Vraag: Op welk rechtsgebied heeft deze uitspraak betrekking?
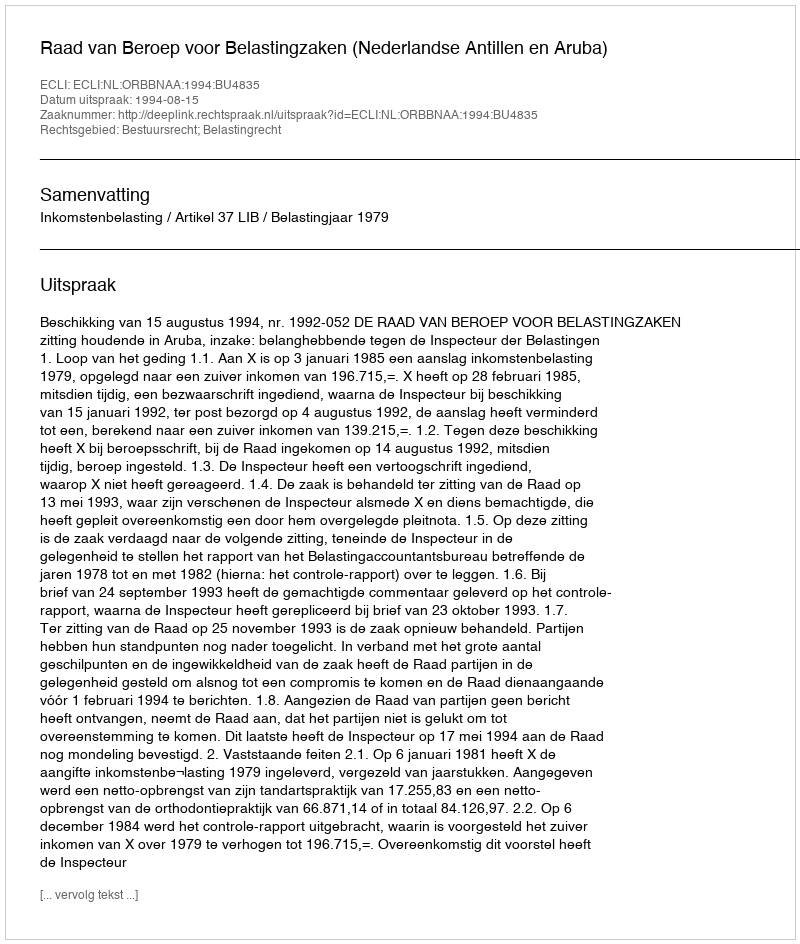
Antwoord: Bestuursrecht; Belastingrecht